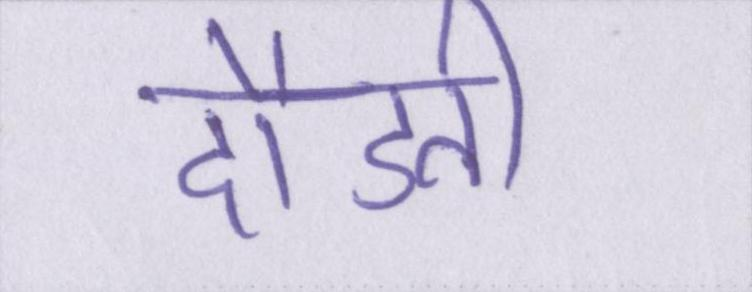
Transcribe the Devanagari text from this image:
दौडती